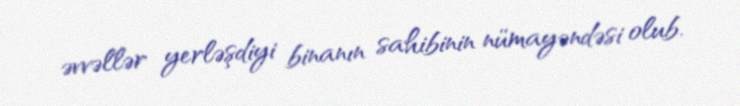
əvvəllər yerləşdiyi binanın sahibinin nümayəndəsi olub.